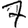
Digit: 7